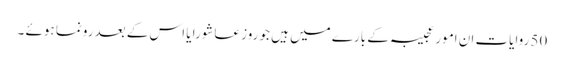
50 روایات ان امور عجیبہ کے بارے میں ہیں جو روز عاشورا یا اس کے بعد رونما ہوئے ۔